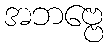
အဘဗ္ဗေ